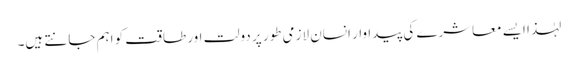
لہٰذا ایسے معاشرے کی پیداوار انسان لازمی طور پر دولت اور طاقت کو اہم جانتے ہیں۔